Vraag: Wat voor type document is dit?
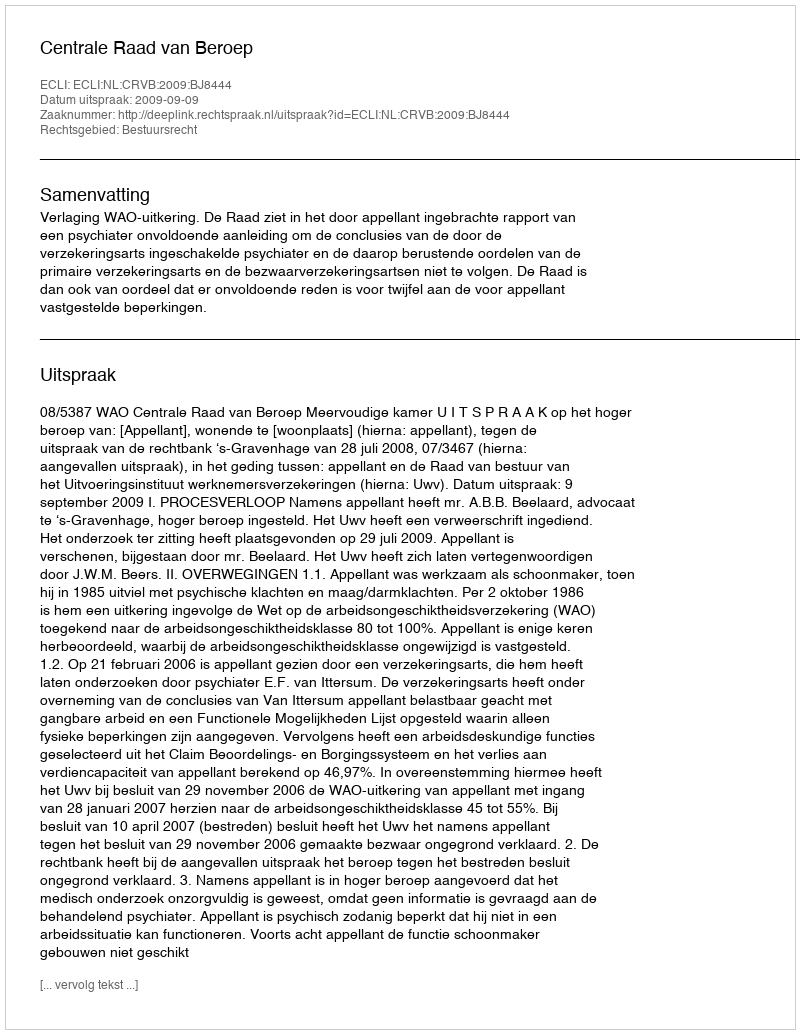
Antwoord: Uitspraak